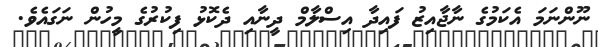
ނޫންނަމަ އެކަމުގެ ނާޖާއިޒު ފައިދާ އިސްލާމް ދީނާއި ދެކޮޅު ފިކުރުގެ މީހުން ނަގައެވެ.